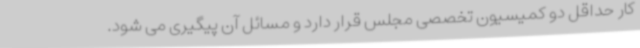
کار حداقل دو کمیسیون تخصصی مجلس قرار دارد و مسائل آن پیگیری می شود.